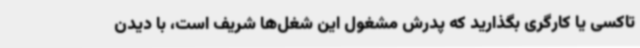
تاکسی یا کارگری بگذارید که پدرش مشغول این شغل‌ها شریف است، با دیدن